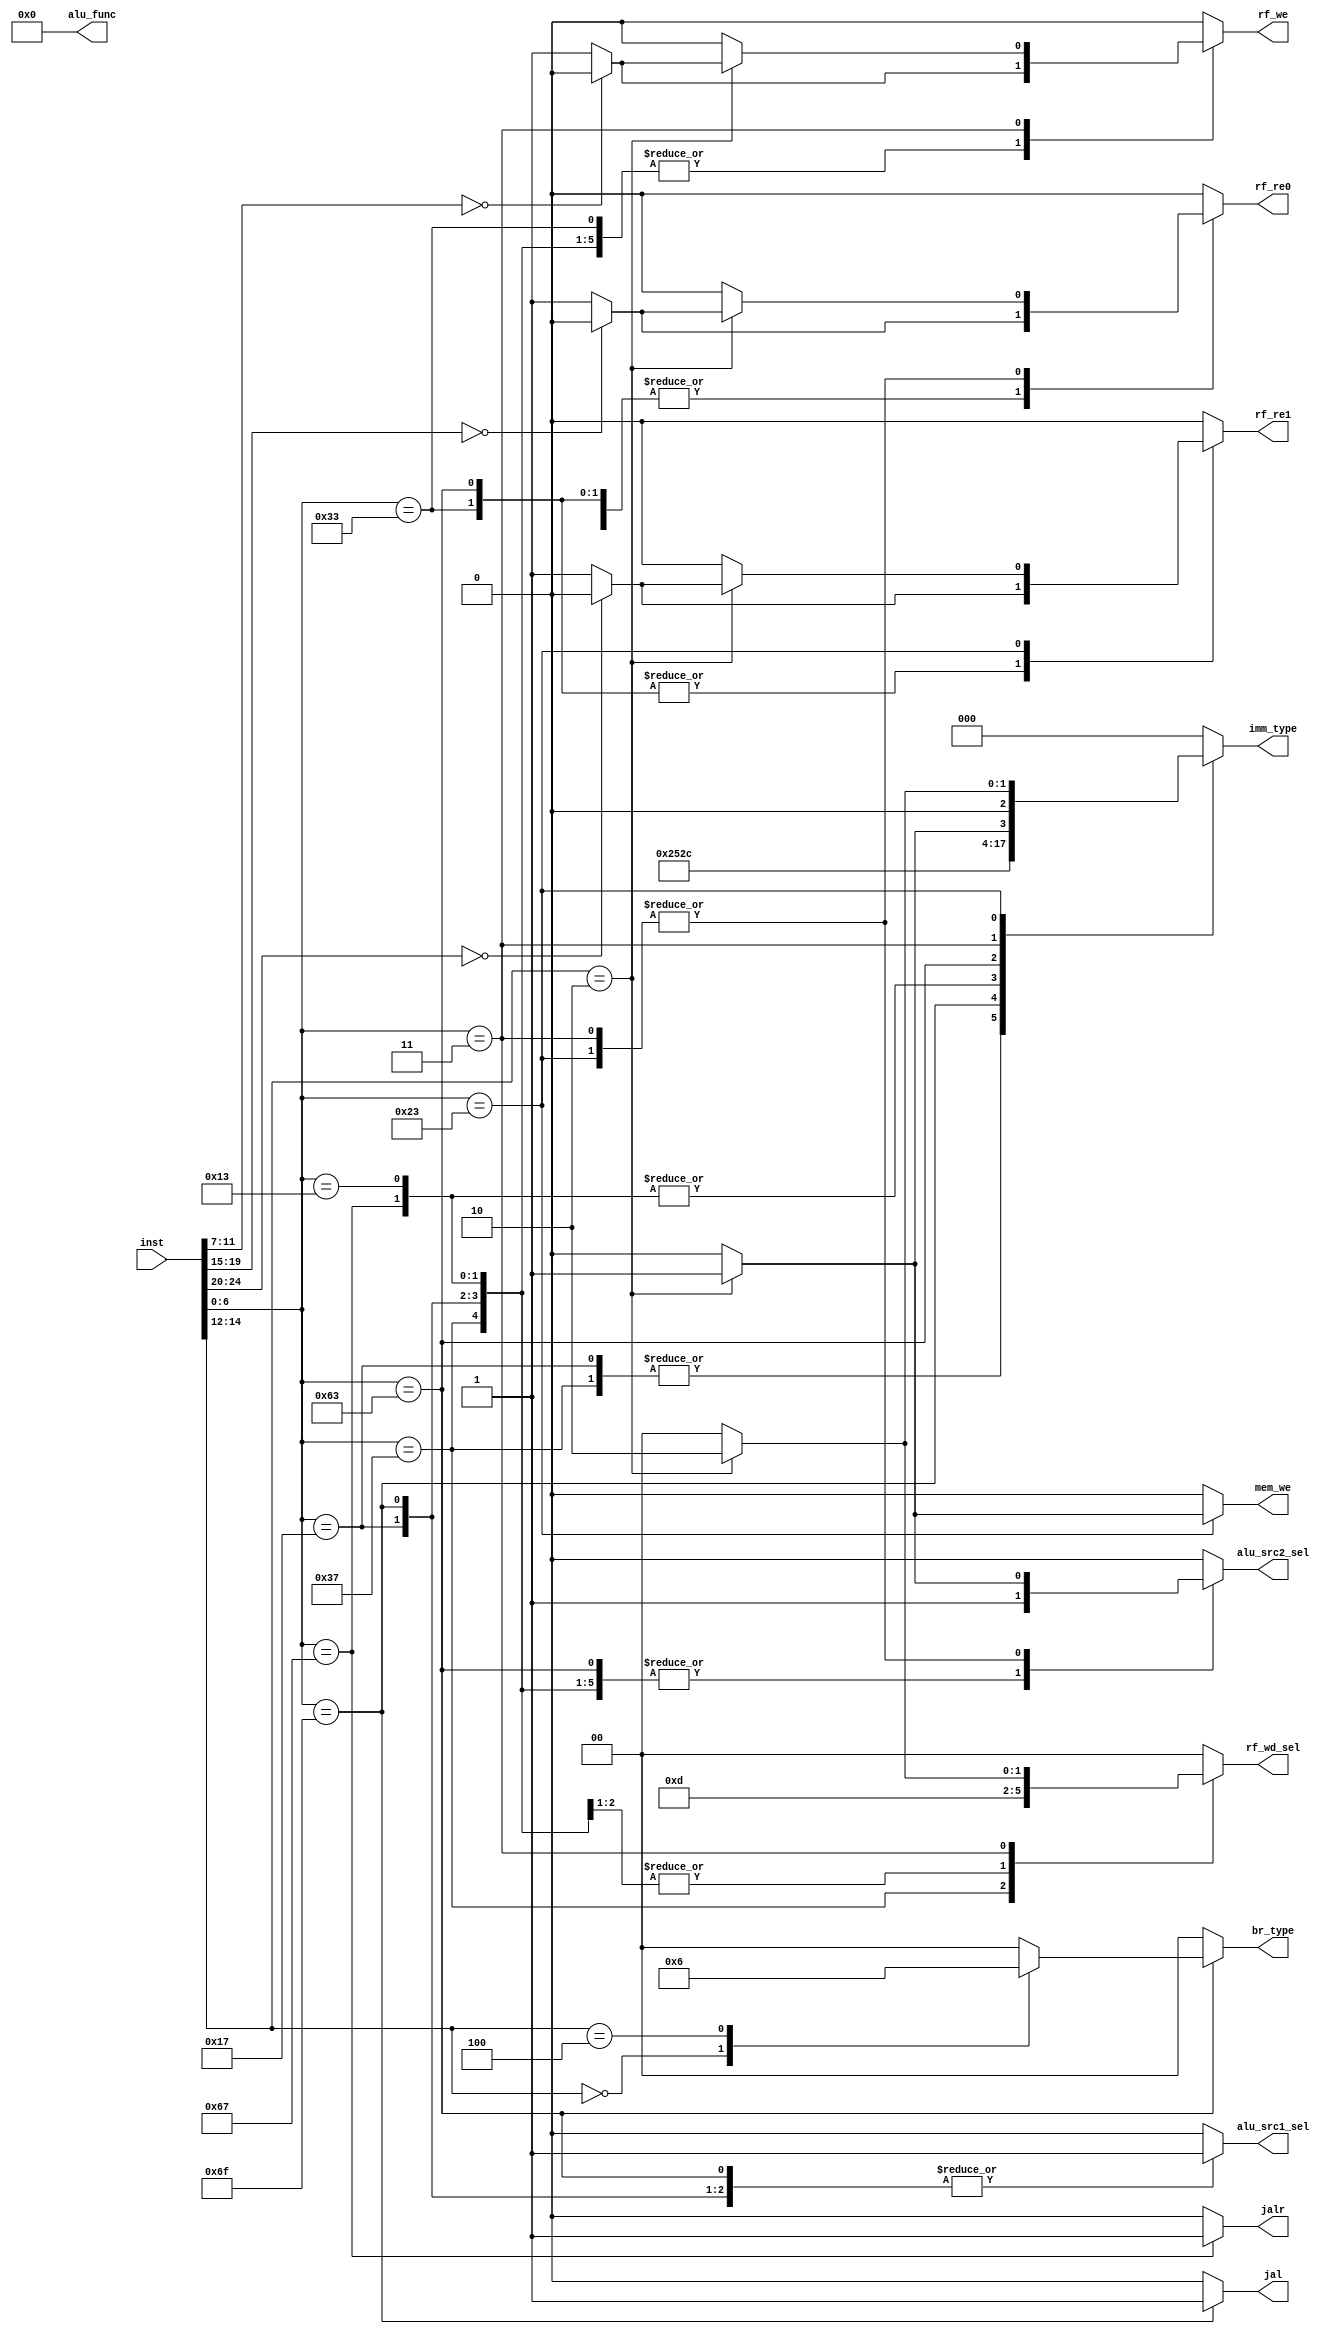
module CTRL (
    input [31:0] inst,
    output reg jal,
    output reg jalr,
    output reg [1:0] br_type,
    output reg alu_src1_sel,
    output reg alu_src2_sel,
    output reg [3:0] alu_func,
    output reg mem_we,
    output reg [2:0] imm_type,
    output reg rf_re0,
    output reg rf_re1,
    output reg [1:0] rf_wd_sel,
    output reg rf_we
);
    always @(*) begin
        jal=0; jalr=0; br_type=0;
        alu_src1_sel=0; alu_src2_sel=0;
        alu_func=0; mem_we=0; imm_type=0;
        rf_re0=0;rf_re1=0;rf_wd_sel=0;rf_we=0;
        case (inst[6:0])
            7'b0010011:begin
                alu_src1_sel=0;
                alu_src2_sel=1;
                imm_type=1;
                rf_wd_sel=0;
                rf_we= (inst[11:7]==5'b00000) ? 0 : 1;
                rf_re0= (inst[19:15]==5'b00000) ? 0 : 1;
                case (inst[14:12])
                    3'b111: alu_func=4'b0000;   //addi
                endcase
            end
            7'b0110011:begin
                alu_src1_sel=0;
                alu_src2_sel=0;
                rf_wd_sel=0;
                rf_we= (inst[11:7]==5'b00000) ? 0 : 1;
                rf_re0= (inst[19:15]==5'b00000) ? 0 : 1;
                rf_re1= (inst[24:20]==5'b00000) ? 0 : 1;
                case (inst[14:12])
                    3'b000:begin
                        case (inst[31:25])
                            7'b0000000: alu_func=4'b0000;   //add
                        endcase
                    end
                endcase
            end
            7'b0110111:begin
                alu_src2_sel=1;
                imm_type=4;
                rf_wd_sel=3;
                rf_we= (inst[11:7]==5'b00000) ? 0 : 1;
                alu_func=4'b0000;   //lui
            end
            7'b0010111:begin
                alu_src1_sel=1;
                alu_src2_sel=1;
                imm_type=4;
                rf_wd_sel=0;
                rf_we= (inst[11:7]==5'b00000) ? 0 : 1;
                alu_func=4'b0000;   //auipc
            end
            7'b1101111:begin
                jal=1;
                alu_src1_sel=1;
                alu_src2_sel=1;
                imm_type=5;
                rf_wd_sel=1;
                rf_we= (inst[11:7]==5'b00000) ? 0 : 1;
                alu_func=4'b0000;   //jal
            end
            7'b1100111:begin
                jalr=1;
                alu_src1_sel=0;
                alu_src2_sel=1;
                imm_type=1;
                rf_wd_sel=1;
                rf_we= (inst[11:7]==5'b00000) ? 0 : 1;
                rf_re0= (inst[19:15]==5'b00000) ? 0 : 1;
                alu_func=4'b0000;   //jalr
            end
            7'b1100011:begin
                alu_src1_sel=1;
                alu_src2_sel=1;
                imm_type=3;
                alu_func=4'b0000;
                rf_re0= (inst[19:15]==5'b00000) ? 0 : 1;
                rf_re1= (inst[24:20]==5'b00000) ? 0 : 1;
                case (inst[14:12])
                    3'b000: br_type=1;  //beq
                    3'b100: br_type=2;  //blt
                endcase
            end
            7'b0000011:begin
                case (inst[14:12])
                    3'b010:begin
                        alu_src1_sel=0;
                        alu_src2_sel=1;
                        imm_type=1;
                        alu_func=4'b0000;
                        rf_wd_sel=2;
                        rf_we= (inst[11:7]==5'b00000) ? 0 : 1;
                        rf_re0= (inst[19:15]==5'b00000) ? 0 : 1;    //lw
                    end
                endcase
            end
            7'b0100011:begin
                case (inst[14:12])
                    3'b010:begin
                        alu_src1_sel=0;
                        alu_src2_sel=1;
                        imm_type=2;
                        alu_func=4'b0000;
                        rf_re0= (inst[19:15]==5'b00000) ? 0 : 1;
                        rf_re1= (inst[24:20]==5'b00000) ? 0 : 1;
                        mem_we=1;       //sw
                    end
                endcase
            end
        endcase
    end
endmodule